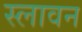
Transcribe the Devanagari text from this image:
स्लावन